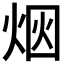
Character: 𰞥